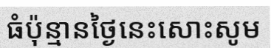
ធំប៉ុន្មានថ្ងៃនេះសោះសូម